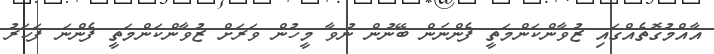
އާއްމުގޮތެއްގައި ޒުވާންކަންމަތީ ފެންނަން ބޭނުން ނުވާ މީހުން ވަރަށް ޒުވާންކަންމަތީ ފެންނަ ފަހަރު